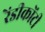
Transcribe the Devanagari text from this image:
रेंडीकोंटी